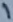
Text: 1